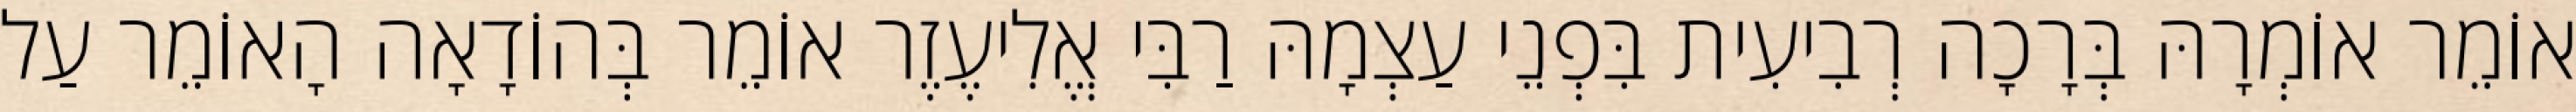
אוֹמֵר אוֹמְרָהּ בְּרָכָה רְבִיעִית בִּפְנֵי עַצְמָהּ רַבִּי אֱלִיעֶזֶר אוֹמֵר בְּהוֹדָאָה הָאוֹמֵר עַל